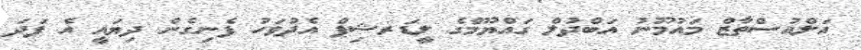
އަލްއުސްތާޒް މައުމޫނު އަބްދުލް ގައްޔޫމްގެ ލީޑަރޝިޕް އެދުވަހު ފެނިގެން ދިޔައީ އެ ފަދަ